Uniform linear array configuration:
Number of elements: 24
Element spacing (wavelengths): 1
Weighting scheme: kaiser
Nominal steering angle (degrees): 45
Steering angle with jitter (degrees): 43.145
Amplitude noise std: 0.05
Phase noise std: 0.05

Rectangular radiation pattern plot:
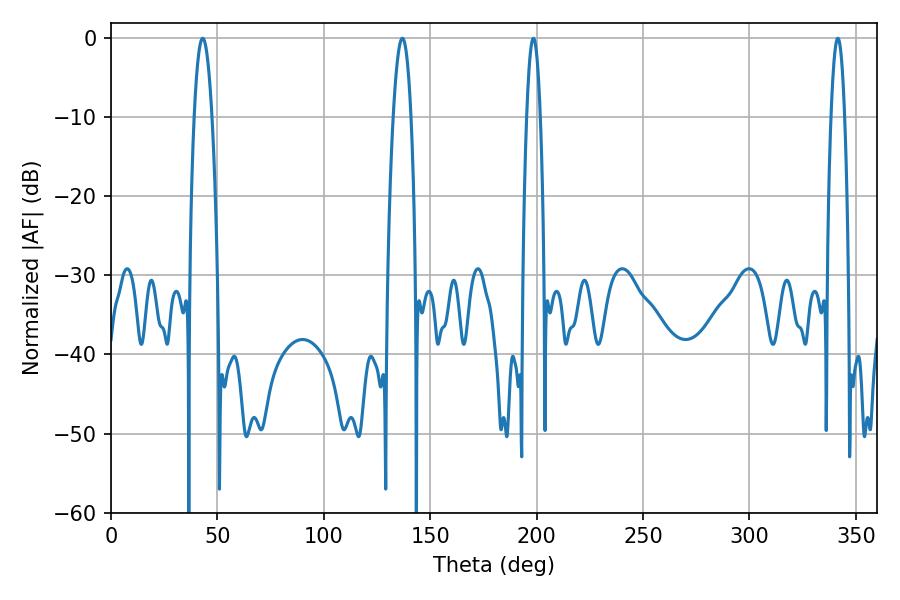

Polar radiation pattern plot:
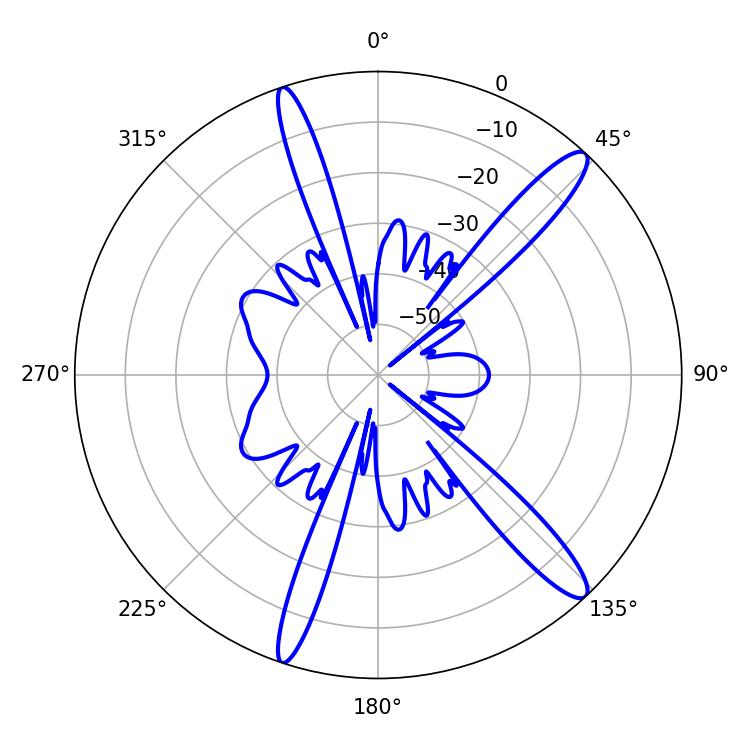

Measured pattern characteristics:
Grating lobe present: TRUE
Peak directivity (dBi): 14.205
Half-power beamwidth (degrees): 4.5
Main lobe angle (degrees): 43.02